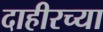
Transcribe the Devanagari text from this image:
दाहीरच्या